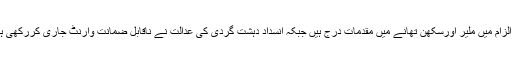
یاد رہے کہ دونوں رہنماؤں کیخلاف اشتعال انگیز تقاریر میں سہولت کاری کے الزام میں ملیر اورسکھن تھانے میں مقدمات درج ہیں جبکہ انسداد دہشت گردی کی عدالت نے ناقابل ضمانت وارنٹ جاری کررکھی ہے، وسیم اختر پر ستائیس اور حیدرعباس رضوی کیخلاف تین مقدمات درج ہیں۔